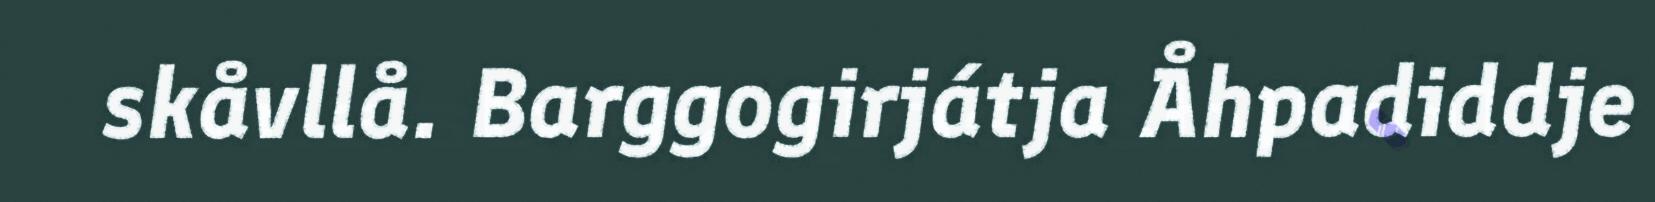
skåvllå. Barggogirjátja Åhpadiddje